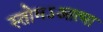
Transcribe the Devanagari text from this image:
स्तोमऽआत्मा